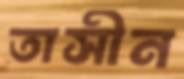
তাসীন